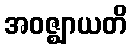
အဝဇ္ဈာယတိ